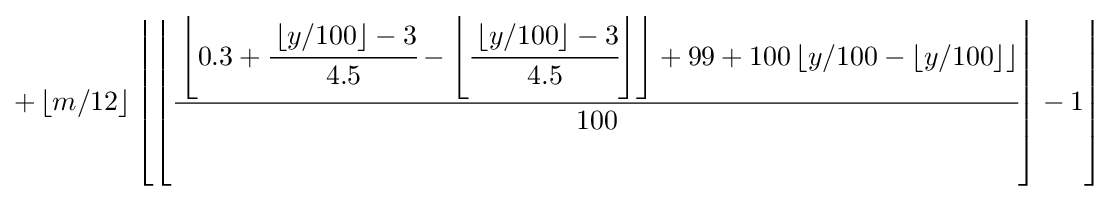
+\left\lfloor {m/12}\right\rfloor \left\lfloor {\left\lfloor {\cfrac {\left\lfloor {0.3+{\cfrac {\left\lfloor {y/100}\right\rfloor -3}{4.5}}-\left\lfloor {\cfrac {\left\lfloor {y/100}\right\rfloor -3}{4.5}}\right\rfloor }\right\rfloor +99+100\left\lfloor {y/100-\left\lfloor {y/100}\right\rfloor }\right\rfloor }{100}}\right\rfloor -1}\right\rfloor